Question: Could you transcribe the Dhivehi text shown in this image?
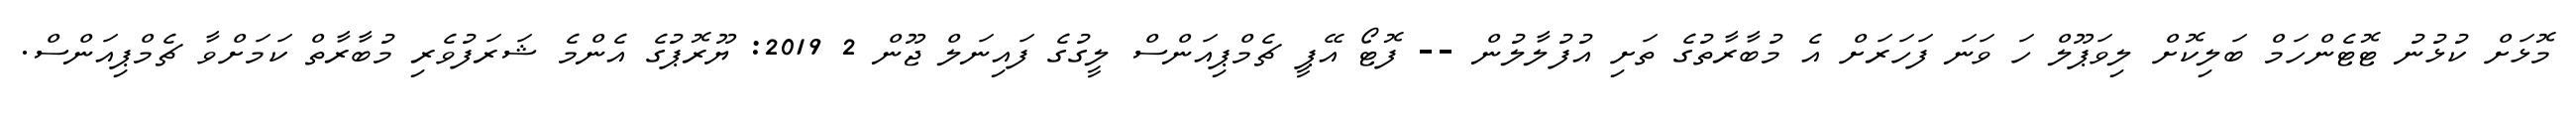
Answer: މޮޅަށް ކުޅުނު ޓޮޓެންހަމް ބަލިކޮށް ލިވަޕޫލް ހަ ވަނަ ފަހަރަށް އެ މުބާރާތުގެ ތަށި އުފުލާލުން -- ފޮޓޯ އޭޕީ ޗެމްޕިއަންސް ލީގުގެ ފައިނަލް ޖޫން 2 2019: ޔޫރޮޕުގެ އެންމެ ޝަރަފުވެރި މުބާރާތް ކަމަށްވާ ޗެމްޕިއަންސް.